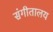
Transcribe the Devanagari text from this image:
संगीतालय